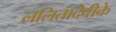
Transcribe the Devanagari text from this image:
ललितादेवीके